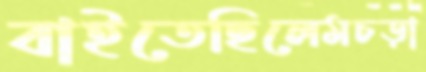
বাইতেছিলেমচড়া